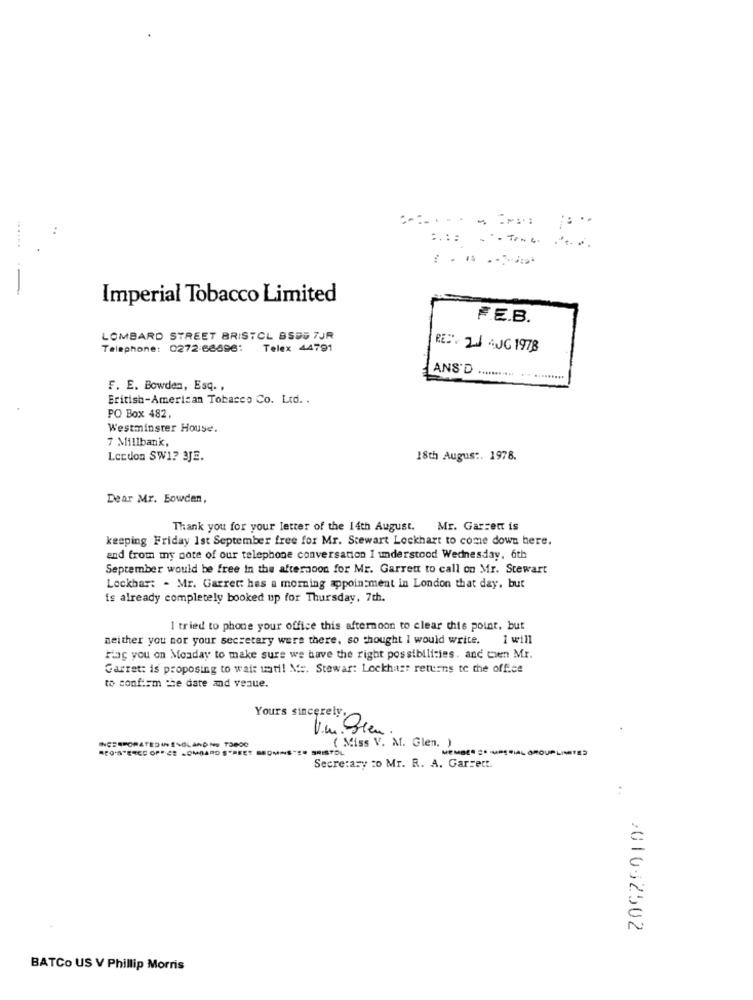
-
Imperial Tobacco Limited
F.E.B.
LOMBARD STREET BRISTOL BSES 7JR
Telephone: 0272-66896:
Telex 44791
REC. 21 AUG 1978
ANS'D
........... . . .........
F. E. Bowden, Esq. ,
Eritish-American Tobacco Co. Ltd. .
PO Box 482
Westminster House.
7 Millbank,
Lerdon SW1? 3JE.
18th August. 1978.
Dear Mr. Bowden,
Thank you for your letter of the 14th August. Mr. Garrett is
keeping Friday Ist September free for Mr. Stewart Lockhart to come down here.
and from my note of our telephone conversation I understood Wednesday, 6th
September would be free In the afternoon for Mr. Garrett to call on Mr. Stewart
Lockhart - Mr. Garrett hes a morning appointment in London that day, but
is already completely booked up for Thursday, 7th.
I tried to phone your office this afternoon to clear this point, but
neither you nor your secretary were there. so thought I would write.
1 will
Flag you on Monday to make sure we have the right possibilities. and ten Mr.
Garret: is proposing to wait until M :. Stewar: Lockhart returns to the office
to confirm the date and venue.
V.m.
Yours sincerely gren
INCESPORATEDINENGLAND NE TOBOG
( Miss V. M. Glen,
MEMBER =" UNERIAL GROUP LIMITED
Secretary :o Mr. R. A. Garzett.
:
201052502
BATCo US V Phillip Morris